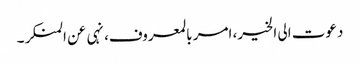
دعوت الی الخیر، امر بالمعروف، نہی عن المنکر۔